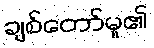
ချစ်တော်မူ၏